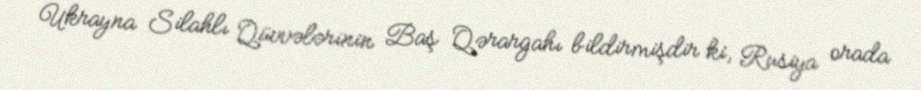
Ukrayna Silahlı Qüvvələrinin Baş Qərargahı bildirmişdir ki, Rusiya orada